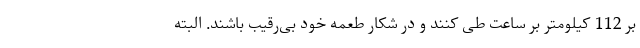
بر 112 کیلومتر بر ساعت طی کنند و در شکار طعمه خود بی‌رقیب باشند. البته